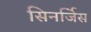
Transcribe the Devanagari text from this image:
सिनर्जिस